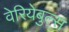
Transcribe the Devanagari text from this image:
वेरियेबुल्स